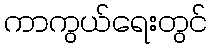
ကာကွယ်ရေးတွင်